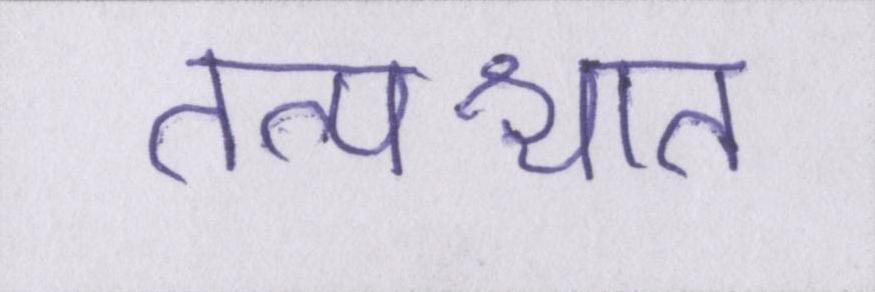
तत्पश्चात